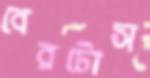
বেরটোস